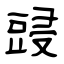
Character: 䜷